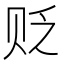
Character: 贬